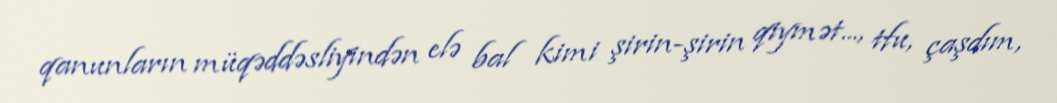
qanunların müqəddəsliyindən elə bal kimi şirin-şirin qiymət..., tfu, çaşdım,